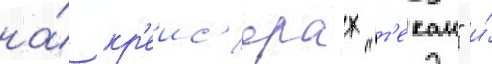
на́ кр'еис'ерах "т'екаи" и́